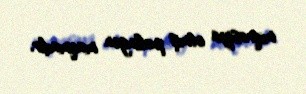
miqrasiya etmiş palingen maqmadır.